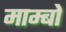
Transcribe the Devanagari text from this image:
माम्बो